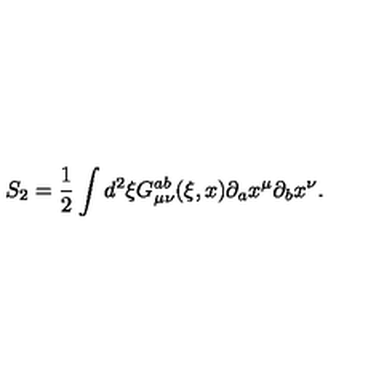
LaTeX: S _ { 2 } = \frac { 1 } { 2 } \int d ^ { 2 } \xi G _ { \mu \nu } ^ { a b } ( \xi , x ) \partial _ { a } x ^ { \mu } \partial _ { b } x ^ { \nu } .